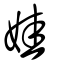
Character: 娃